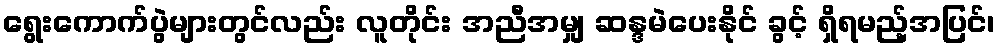
ရွေးကောက်ပွဲများတွင်လည်း လူတိုင်း အညီအမျှ ဆန္ဒမဲပေးနိုင် ခွင့် ရှိရမည့်အပြင်၊